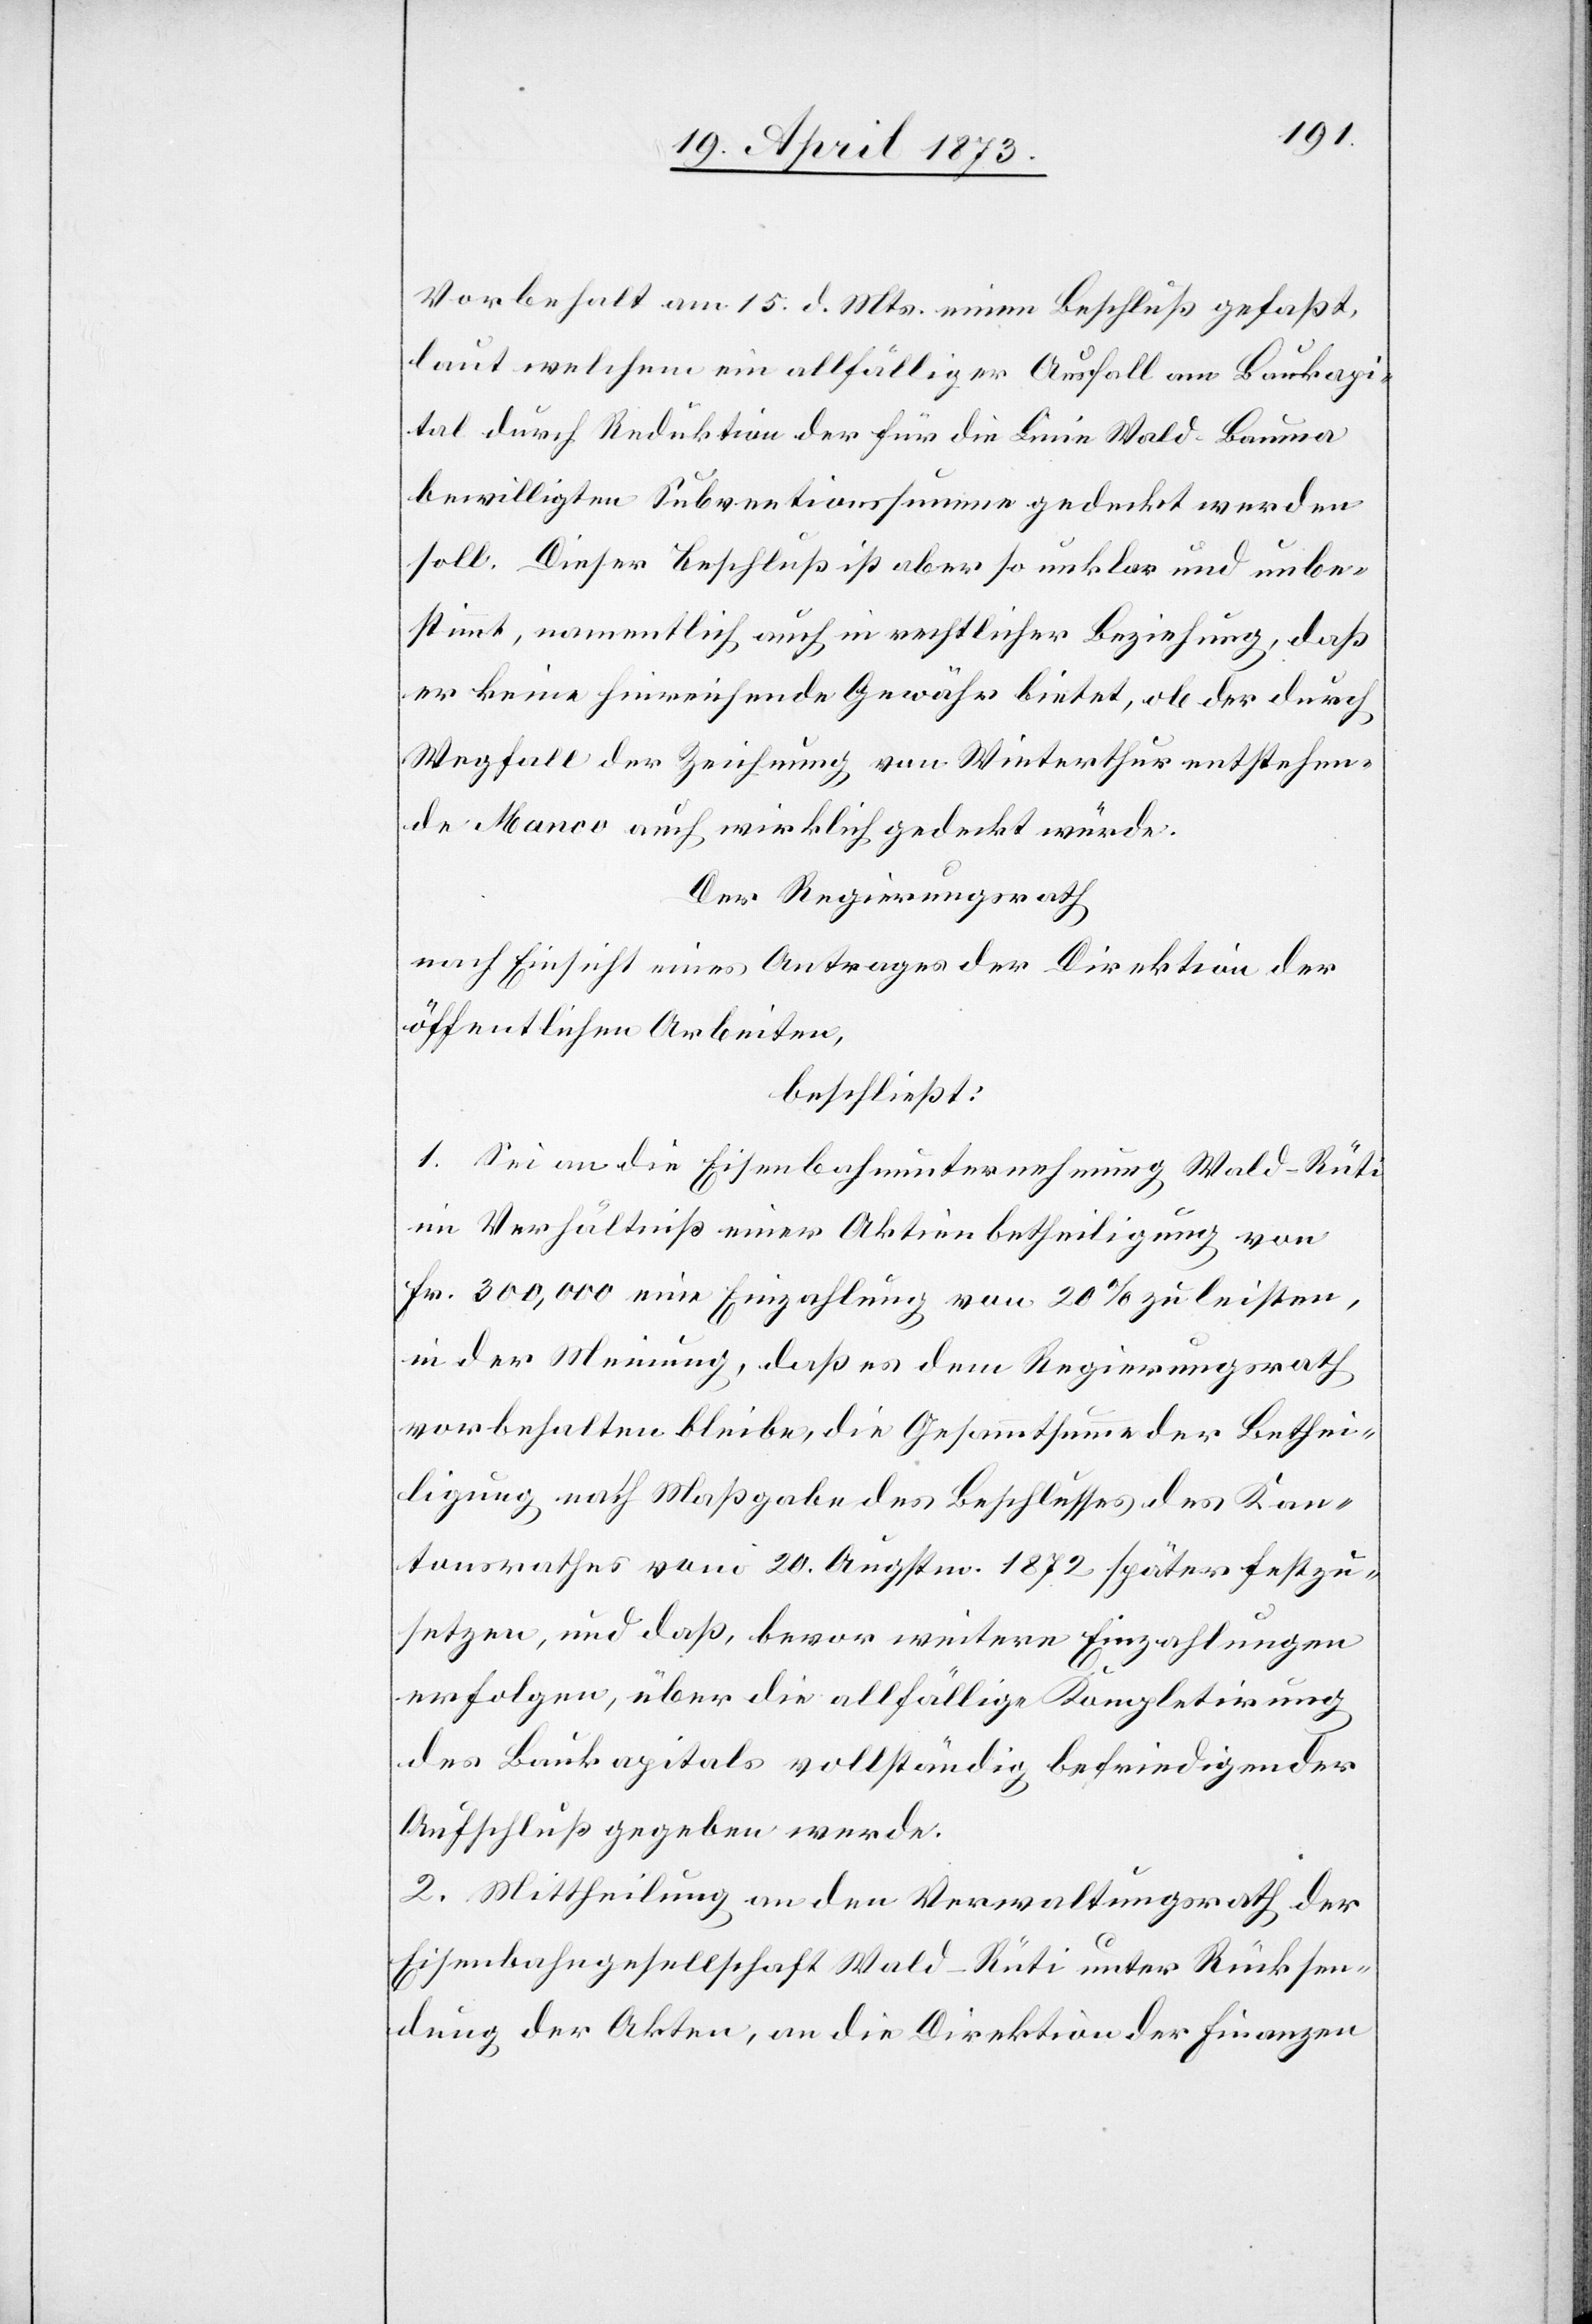
Vorbehalt am 15. d. Mts. einen Beschluß gefaßt,
laut welchem ein allfälliger Ausfall am Baukapi¬
tal durch Reduktion der für die Linie Wald–Bauma
bewilligten Subventionssumme gedeckt werden
soll. Dieser Beschluß ist aber so unklar und unbe¬
stimmt, namentlich auch in rechtlicher Beziehung, daß
er keine hinreichende Gewähr bietet, ob der durch
Wegfall der Zeichnung von Winterthur entstehen¬
de Manco auch wirklich gedeckt würde.
Der Regierungsrath
nach Einsicht eines Antrages der Direktion der
öffentlichen Arbeiten,
beschließt:
1. Sei an die Eisenbahnunternehmung Wald–Rüti
im Verhältniß einer Aktienbetheiligung von
Fr. 300,000 eine Einzahlung von 20% zu leisten,
in der Meinung, daß es dem Regierungsrath
vorbehalten bleibe, die Gesammtsumme der Bethei¬
ligung nach Maßgabe des Beschlusses des Kan¬
tonsrathes vom 20. Augstm. 1872 später festzu¬
setzen, und daß, bevor weitere Einzahlungen
erfolgen, über die allfällige Kompletirung
des Baukapitals vollständig befriedigender
Aufschluß gegeben werde.
2. Mittheilung an den Verwaltungsrath der
Eisenbahngesellschaft Wald–Rüti unter Rücksen¬
dung der Akten, an die Direktion der Finanzen